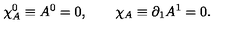
\chi _ { A } ^ { 0 } \equiv A ^ { 0 } = 0 , \qquad \chi _ { A } \equiv \partial _ { 1 } A ^ { 1 } = 0 .